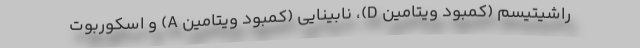
راشیتیسم (کمبود ویتامین D)، نابینایی (کمبود ویتامین A) و اسکوربوت